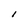
Character: I